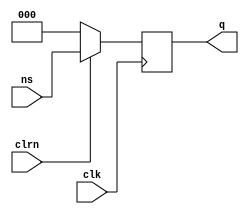
`timescale 1ns / 1ps
//////////////////////////////////////////////////////////////////////////////////
// Company: 
// Engineer: 
// 
// Design Name: 
// Module Name: dff
// Project Name: 
// Target Devices: 
// Tool Versions: 
// Description: 
// 
// Dependencies: 
// 
// Revision:
// Revision 0.01 - File Created
// Additional Comments:
// 
//////////////////////////////////////////////////////////////////////////////////


module dff(ns, clk, clrn, q );
    input [2:0] ns;
    input clk, clrn;
    output reg [2:0] q;
    
    always @(posedge clk) begin
        if (clrn==0) begin  
            q=3'b000;
            end
        else begin
            q=ns;
            end
    end
endmodule